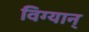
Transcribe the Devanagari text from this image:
विग्यान्